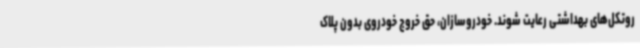
روتکل‌های بهداشتی رعایت شوند. خودروسازان، حق خروج خودروی بدون پلاک